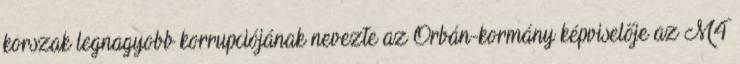
korszak legnagyobb korrupciójának nevezte az Orbán-kormány képviselője az M4